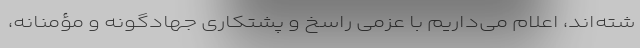
شته‌اند، اعلام می‌داریم با عزمی راسخ و پشتکاری جهادگونه و مؤمنانه،